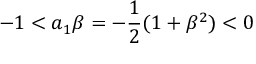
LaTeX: - 1 < a _ { 1 } \beta = - \frac { 1 } { 2 } ( 1 + \beta ^ { 2 } ) < 0